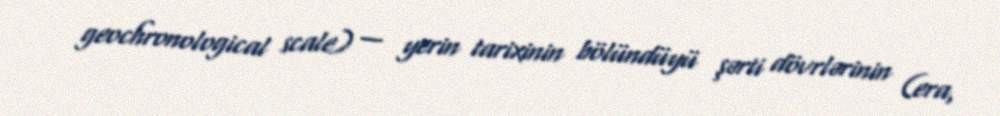
geochronological scale) — yerin tarixinin bölündüyü şərti dövrlərinin (era,